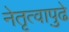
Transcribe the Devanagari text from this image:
नेतृत्वापुढे